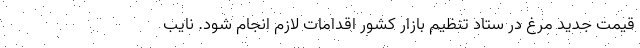
قیمت جدید مرغ در ستاد تنظیم بازار کشور اقدامات لازم انجام شود. نایب